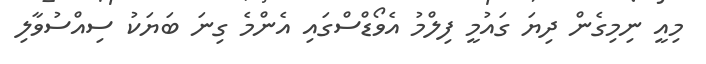
މިއީ ނިމިގެން ދިޔަ ގައުމީ ފިލްމު އެވޯޑްސްގައި އެންމެ ގިނަ ބަޔަކު ސިއްސުވާލި